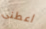
اعطنى